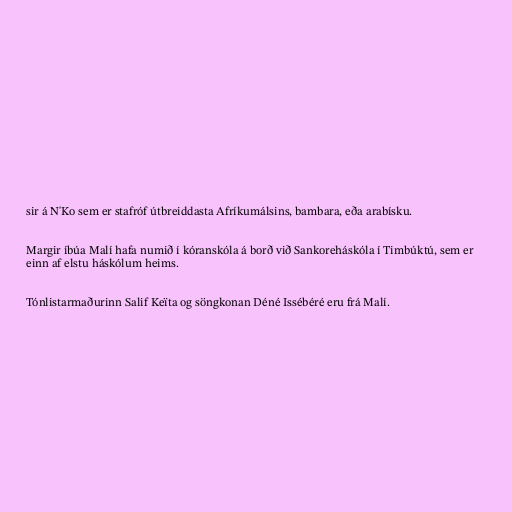
sir á N'Ko sem er stafróf útbreiddasta Afríkumálsins, bambara, eða arabísku.

Margir íbúa Malí hafa numið í kóranskóla á borð við Sankoreháskóla í Timbúktú, sem er
einn af elstu háskólum heims.

Tónlistarmaðurinn Salif Keïta og söngkonan Déné Issébéré eru frá Malí.